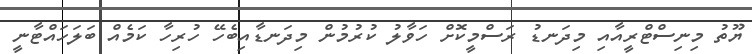
ޔޫތު މިނިސްޓްރީއާއި މިދަނޑު ރަސްމީކޮށް ހަވާލު ކުރުމުން މިދަނޑާއިބެހޭ ހުރިހާ ކަމެއް ބަލަހައްޓާނީ